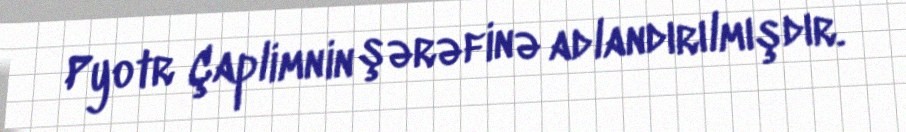
Pyotr Çaplimnin şərəfinə adlandırılmışdır.